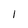
Character: I